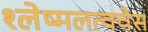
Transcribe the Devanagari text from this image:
श्लेष्मलत्वचेस